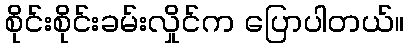
စိုင်းစိုင်းခမ်းလှိုင်က ပြောပါတယ်။